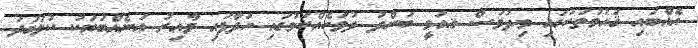
އެއްބައި ޤައުމުތަކުގައި މިދުވަސް ޤއުމީ ބަންދު ދުވަހެއްކަމުގައި ހަދާފައި ވާއިރު އަނެއްބަޔަކު ކުލަގަދަ